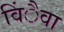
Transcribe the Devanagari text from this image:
विंैवा